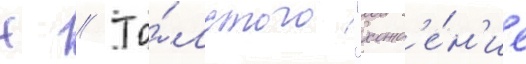
Н // То́лстого "хожд'е́н'ие